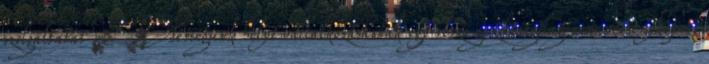
szolgáltatás ▪Térségünk helyi vállalkozásainak egy része gazdaságilag nem versenyképes,